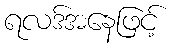
ရလဒ်အနေဖြင့်